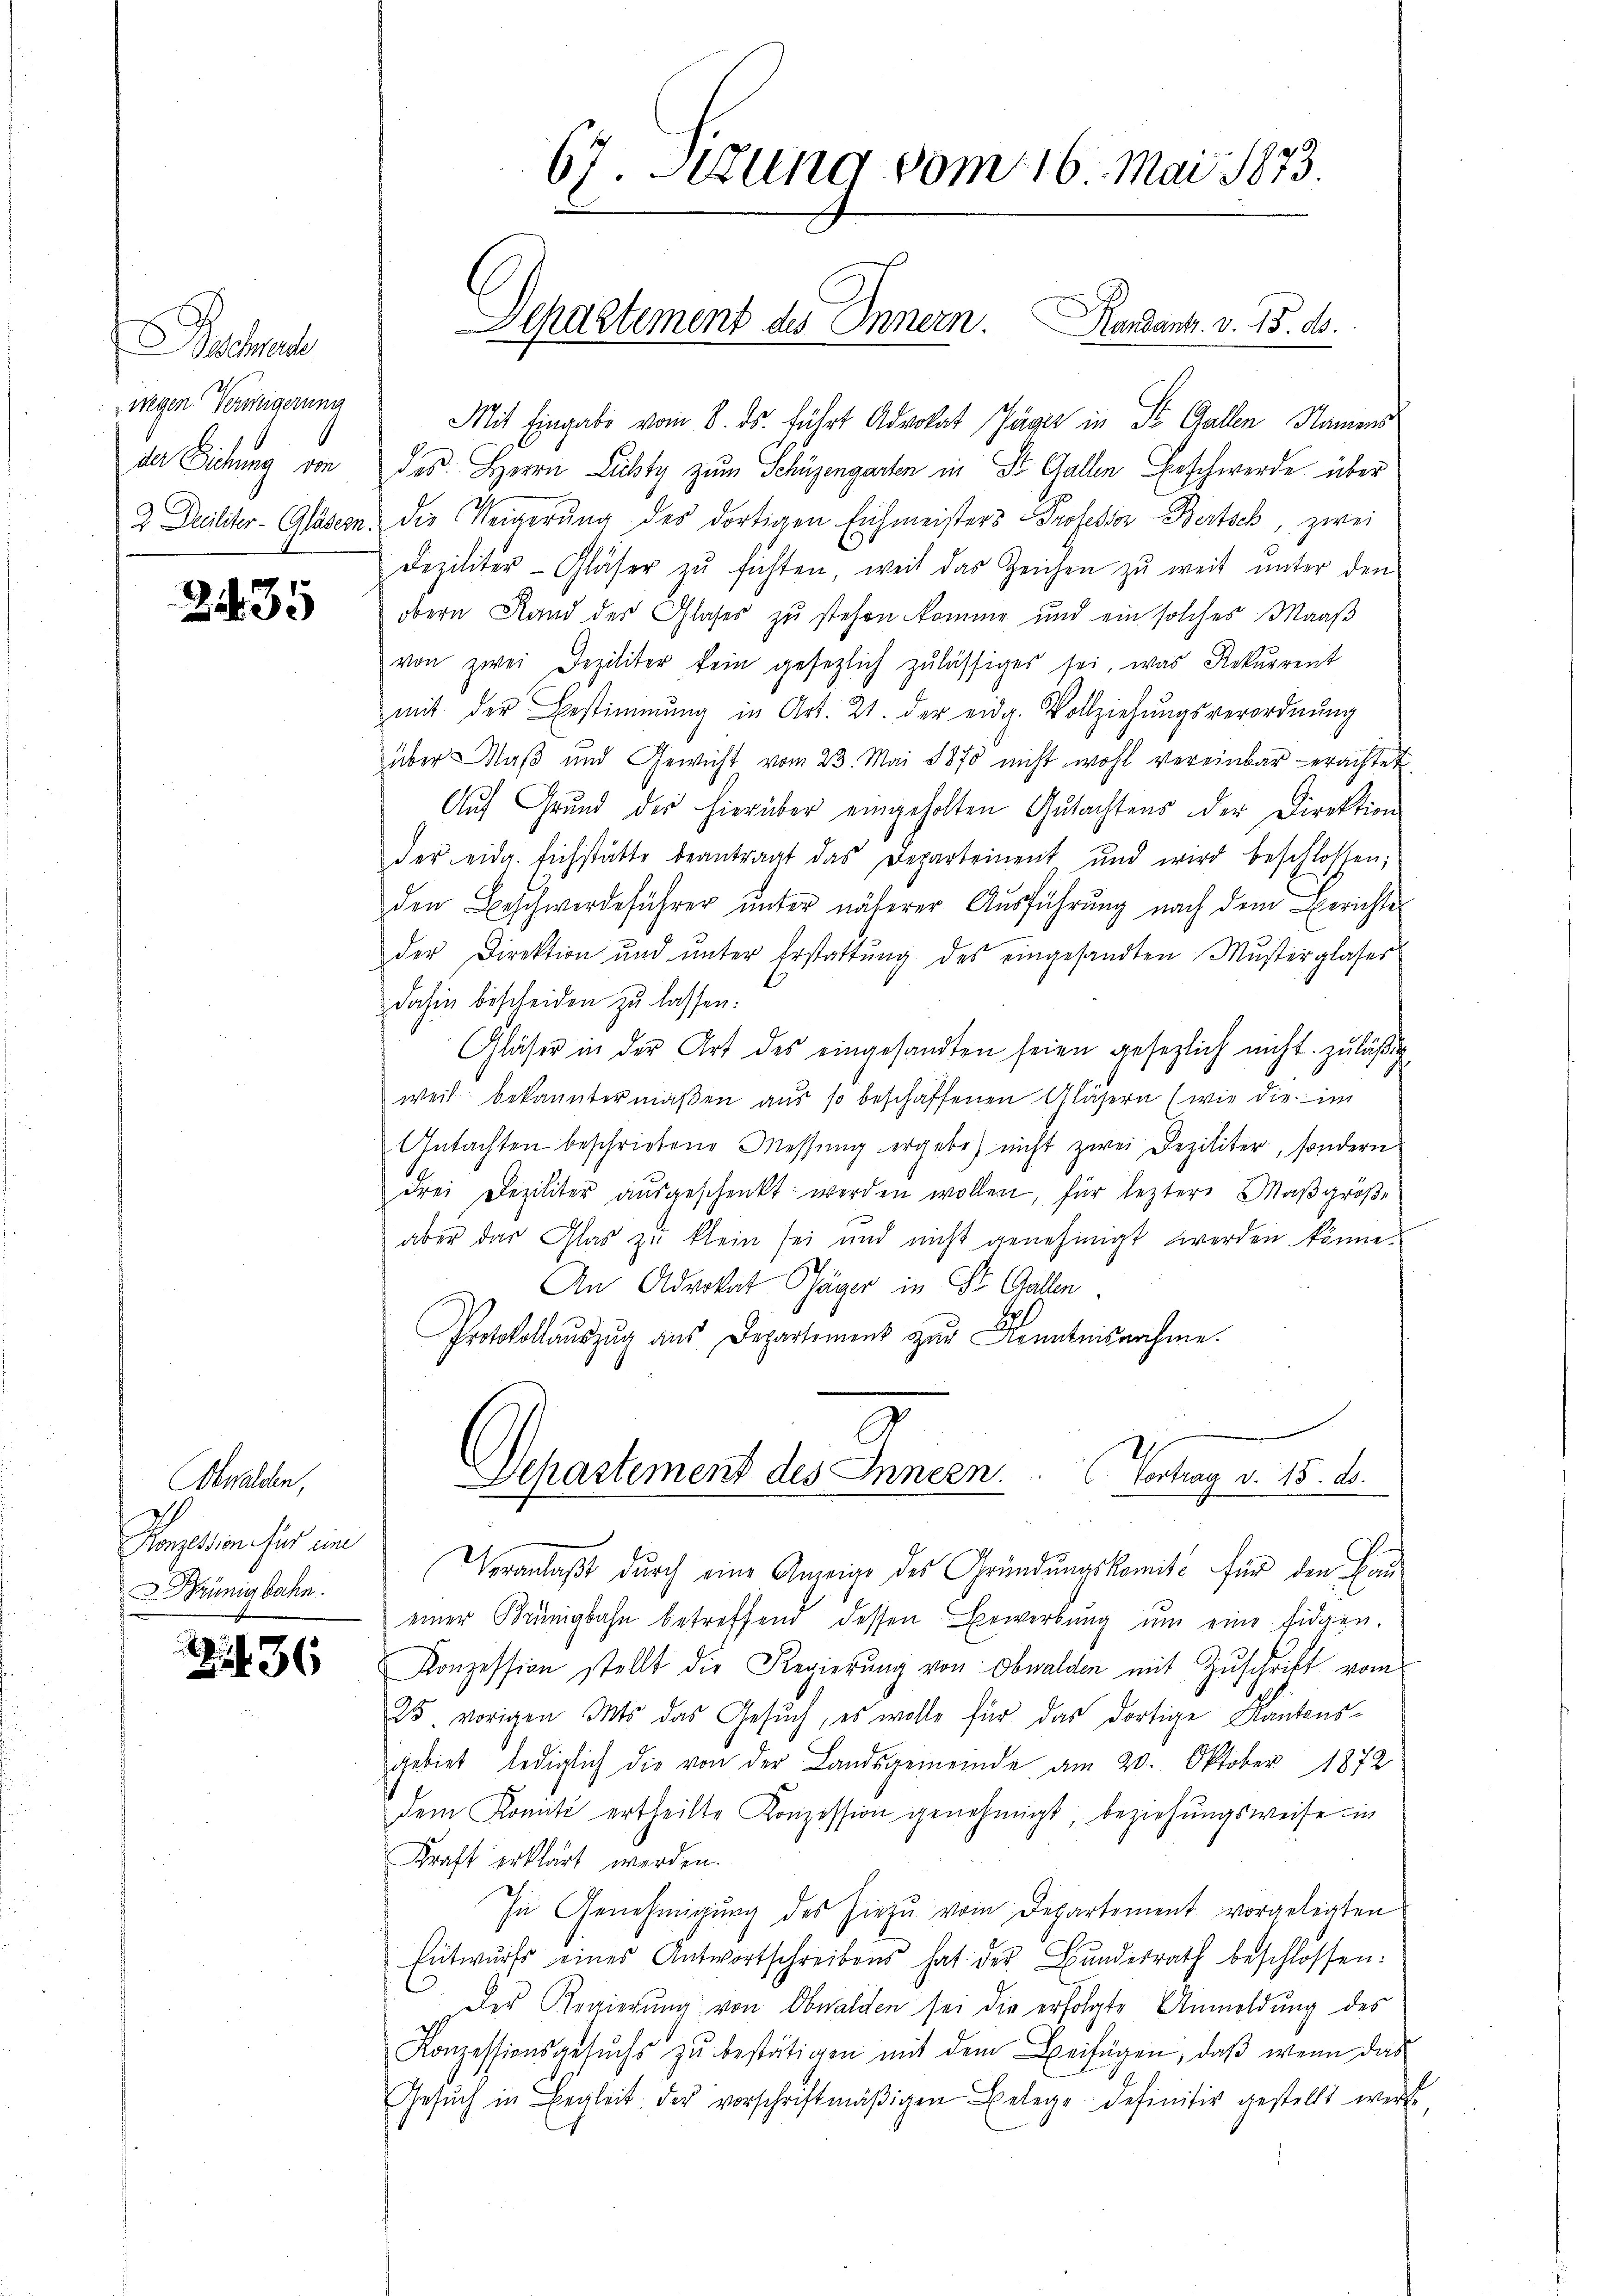
acante
wegen Verweigerung
der Dichung von

2435

Obwalden,
Konzession für un
rünigbahn.

36

67. Setzung vom 16. Mai 1873.

Separtement des Innern. Randant. v. 15. ds.

Mit Eingabe vom 8. ds. führt Advokat Jäger in St. Gallen Namens
des. Herrn Lichty zum Schüzengarten in St. Gallen Beschwerde über
2 Decilitar-Gläsern die Weigerŭng des dortigen Eichmeisters Professor Bertsch, zwei
Dezilitär-Gläser zŭ fichten, weil das Zeichen zŭ weit ŭnter den
obern Stand der Glaser zu stehen komme und ein solches Maaß
von zwei Deziliter kein gesezlich zulässiges sei, was Rekurrent
mit der Bestimmung in Art. 21. der eidg. Vollziehŭngsverordnŭng
über Maß und Gewicht vom 23. Mai 1870 nicht wohl vereinbar erachtet.
Auf Grund der hierüber eingeholten Gutachtens der Direktion
der eidg. Eichstätte beantragt das Departement und wird beschlossen;
den Beschwerdeführer unter näherer Ausführung nach dem Berichte
der Direktion und unter Erstattung des eingesandten Musterglaser
dahin bescheiden zu lassen:
Gläser in der Art des eingesandten seien gesezlich nicht zuläßig
weil bekanntermaßen aus so beschaffenen Gläsern (wie die im
Gŭtachten beschriebene Messŭng ergebe) nicht zwei Deziliter, sondern
drei Deziliter aŭsgeschenkt werden wollen, für leztere Maβgröβe
aber das Glas zŭ klein sei und nicht genehmigt werden könne.
An Advokat Päger in St. Gallen.
Protokollaŭszŭg aŭs Departement zŭr Kenntnisnahme.

Departement des Innern . . . .   Vertrag v. 15. 1

Veranlaßt durch eine Anzeige des Gründungskomite für den Bau
einer Krünigbahn betreffend dessen Bewerbŭng ŭm eine Eidgen.
Konzession stellt die Regierung von Obwalden mit Zuschrift vom
25. vorigen Mts. das Gesŭch, es wolle für das dortige Kantons-
gebiet lediglich die von der Landsgemeinde am 20. Oktober 1872
dem Komité ertheilte Konzession genehmigt, beziehungsweise in
Kraft erklärt werden.
In Genehmigŭng des hiezu vom Departement vorgelegten
Entwŭrf eines Antwortschreibens hat der Bundesrath beschlossen.
Der Regierŭng von Obwalden sei die erfolgte Anmeldung des
Konzessionsgesŭchs zŭ bestätigen mit dem Beifügen, daβ wenn das
Gesŭch in Begleit der vorschriftmäβigen Belege definitiv gestellt werde,